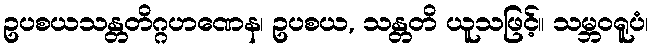
ဥပစယသန္တတိဂ္ဂဟဏေန၊ ဥပစယ, သန္တတိ ယူသဖြင့်။ သမ္ဘဝရူပံ၊